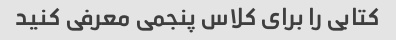
کتابی را برای کلاس پنجمی معرفی کنید